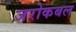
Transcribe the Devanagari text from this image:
जरोकबल